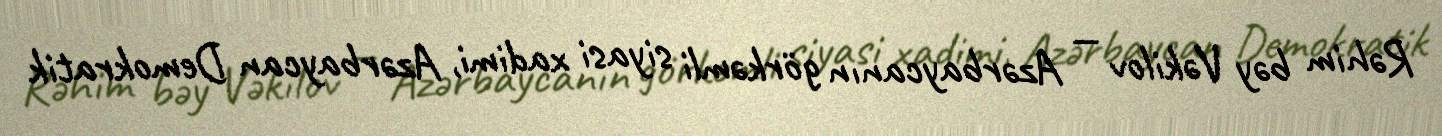
Rəhim bəy Vəkilov — Azərbaycanın görkəmli siyasi xadimi, Azərbaycan Demokratik